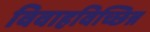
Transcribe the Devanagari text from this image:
विवाहविच्छिन्न